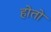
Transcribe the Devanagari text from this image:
होताे